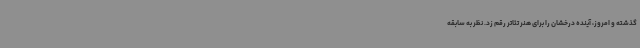
گذشته و امروز، آینده درخشان را برای هنر تئاتر رقم زد. نظر به سابقه